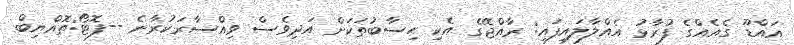
އައްޑޫ ގެއެއްގެ ފުރާޅު އެއްލާލައިފައި: ރާއްޖޭގެ އެކި ހިސާބުތަކަށް އަދިވެސް ވިއްސާރަކުރާނެ --ފޮޓޯ:ތޮއްޔިބް